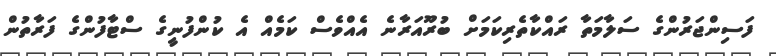
ފަސިންޖަރުންގެ ސަލާމަތާ ރައްކާތެރިކަމަށް ބުރޫއަރާނެ އެއްވެސް ކަމެއް އެ ކުންފުނީގެ ސްޓާފުންގެ ފަރާތުން